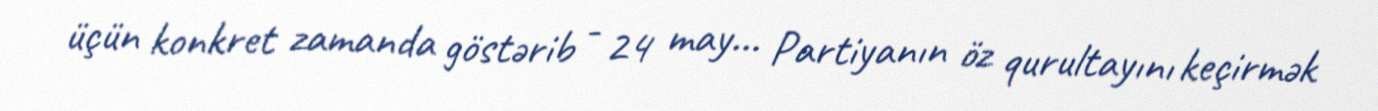
üçün konkret zamanda göstərib - 24 may... Partiyanın öz qurultayını keçirmək